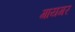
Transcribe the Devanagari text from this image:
गायगर